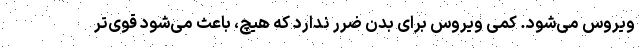
ویروس می‌شود. کمی ویروس برای بدن ضرر ندارد که هیچ، باعث می‌شود قوی‌تر